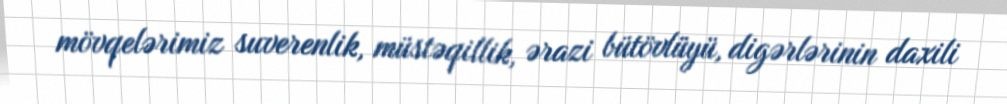
mövqelərimiz suverenlik, müstəqillik, ərazi bütövlüyü, digərlərinin daxili